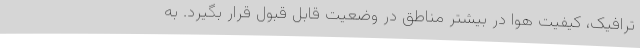
ترافیک، کیفیت هوا در بیشتر مناطق در وضعیت قابل قبول قرار بگیرد. به